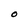
Character: O